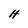
Character: H